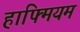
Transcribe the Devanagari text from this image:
हाफ्मियम